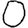
Digit: 0